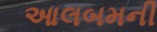
આલબમની